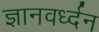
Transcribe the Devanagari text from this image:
ज्ञानवर्ध्दन